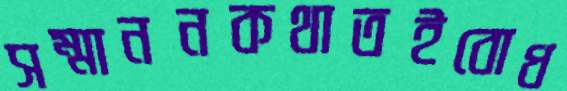
সম্মাননকথাতইবোধ